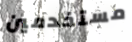
مستخدمين